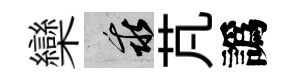
欒乖芃譌